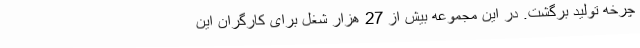
چرخه تولید برگشت. در این مجموعه بیش از 27 هزار شغل برای کارگران این